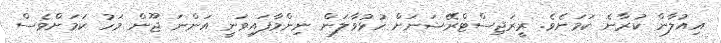
އިއުލާން ކުރާނެ ކަމަށެވެ. ރީރަޖިސްޓްރޭޝަނަށް ހުޅުވާލަން ނިންމާފައިވަނީ އަންނަ ޖޫން މަހު ކަމަށްވެސް